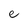
Character: e